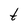
Character: t